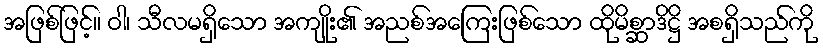
အဖြစ်ဖြင့်။ ဝါ၊ သီလမရှိသော အကျိုး၏ အညစ်အကြေးဖြစ်သော ထိုမိစ္ဆာဒိဋ္ဌိ အစရှိသည်ကို